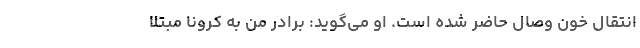
انتقال خون وصال حاضر شده است. او می‌گوید: برادر من به کرونا مبتلا